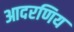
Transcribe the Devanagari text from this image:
आदरणिय